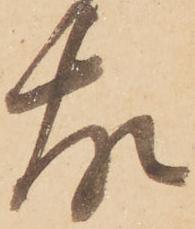
故